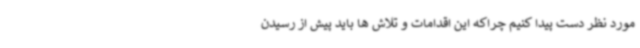
مورد نظر دست پیدا کنیم چراکه این اقدامات و تلاش ها باید پیش از رسیدن